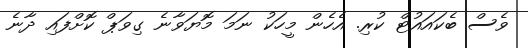
ވެސް ބެކައައުޓް ކުރި. އެހެން މީހަކު ނަމަ މޮޔަވާނެ ގިވަޕް ކޮށްފައި ދާނެ